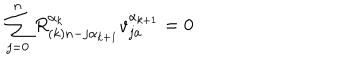
\sum _ { j = 0 } ^ { n } R _ { ( k ) n - j \alpha _ { k + 1 } } ^ { \alpha _ { k } } v _ { j a } ^ { \alpha _ { k + 1 } } = 0